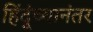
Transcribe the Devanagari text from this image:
हिंदूंच्यानंतर